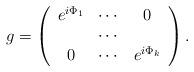
LaTeX: \begin{align*}g=\left( \begin{array}{ccc} e^{i\Phi_1} & \cdots & 0 \\ & \cdots & \\0 & \cdots & e^{i\Phi_k}\end{array}\right). \end{align*}